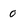
Character: 0